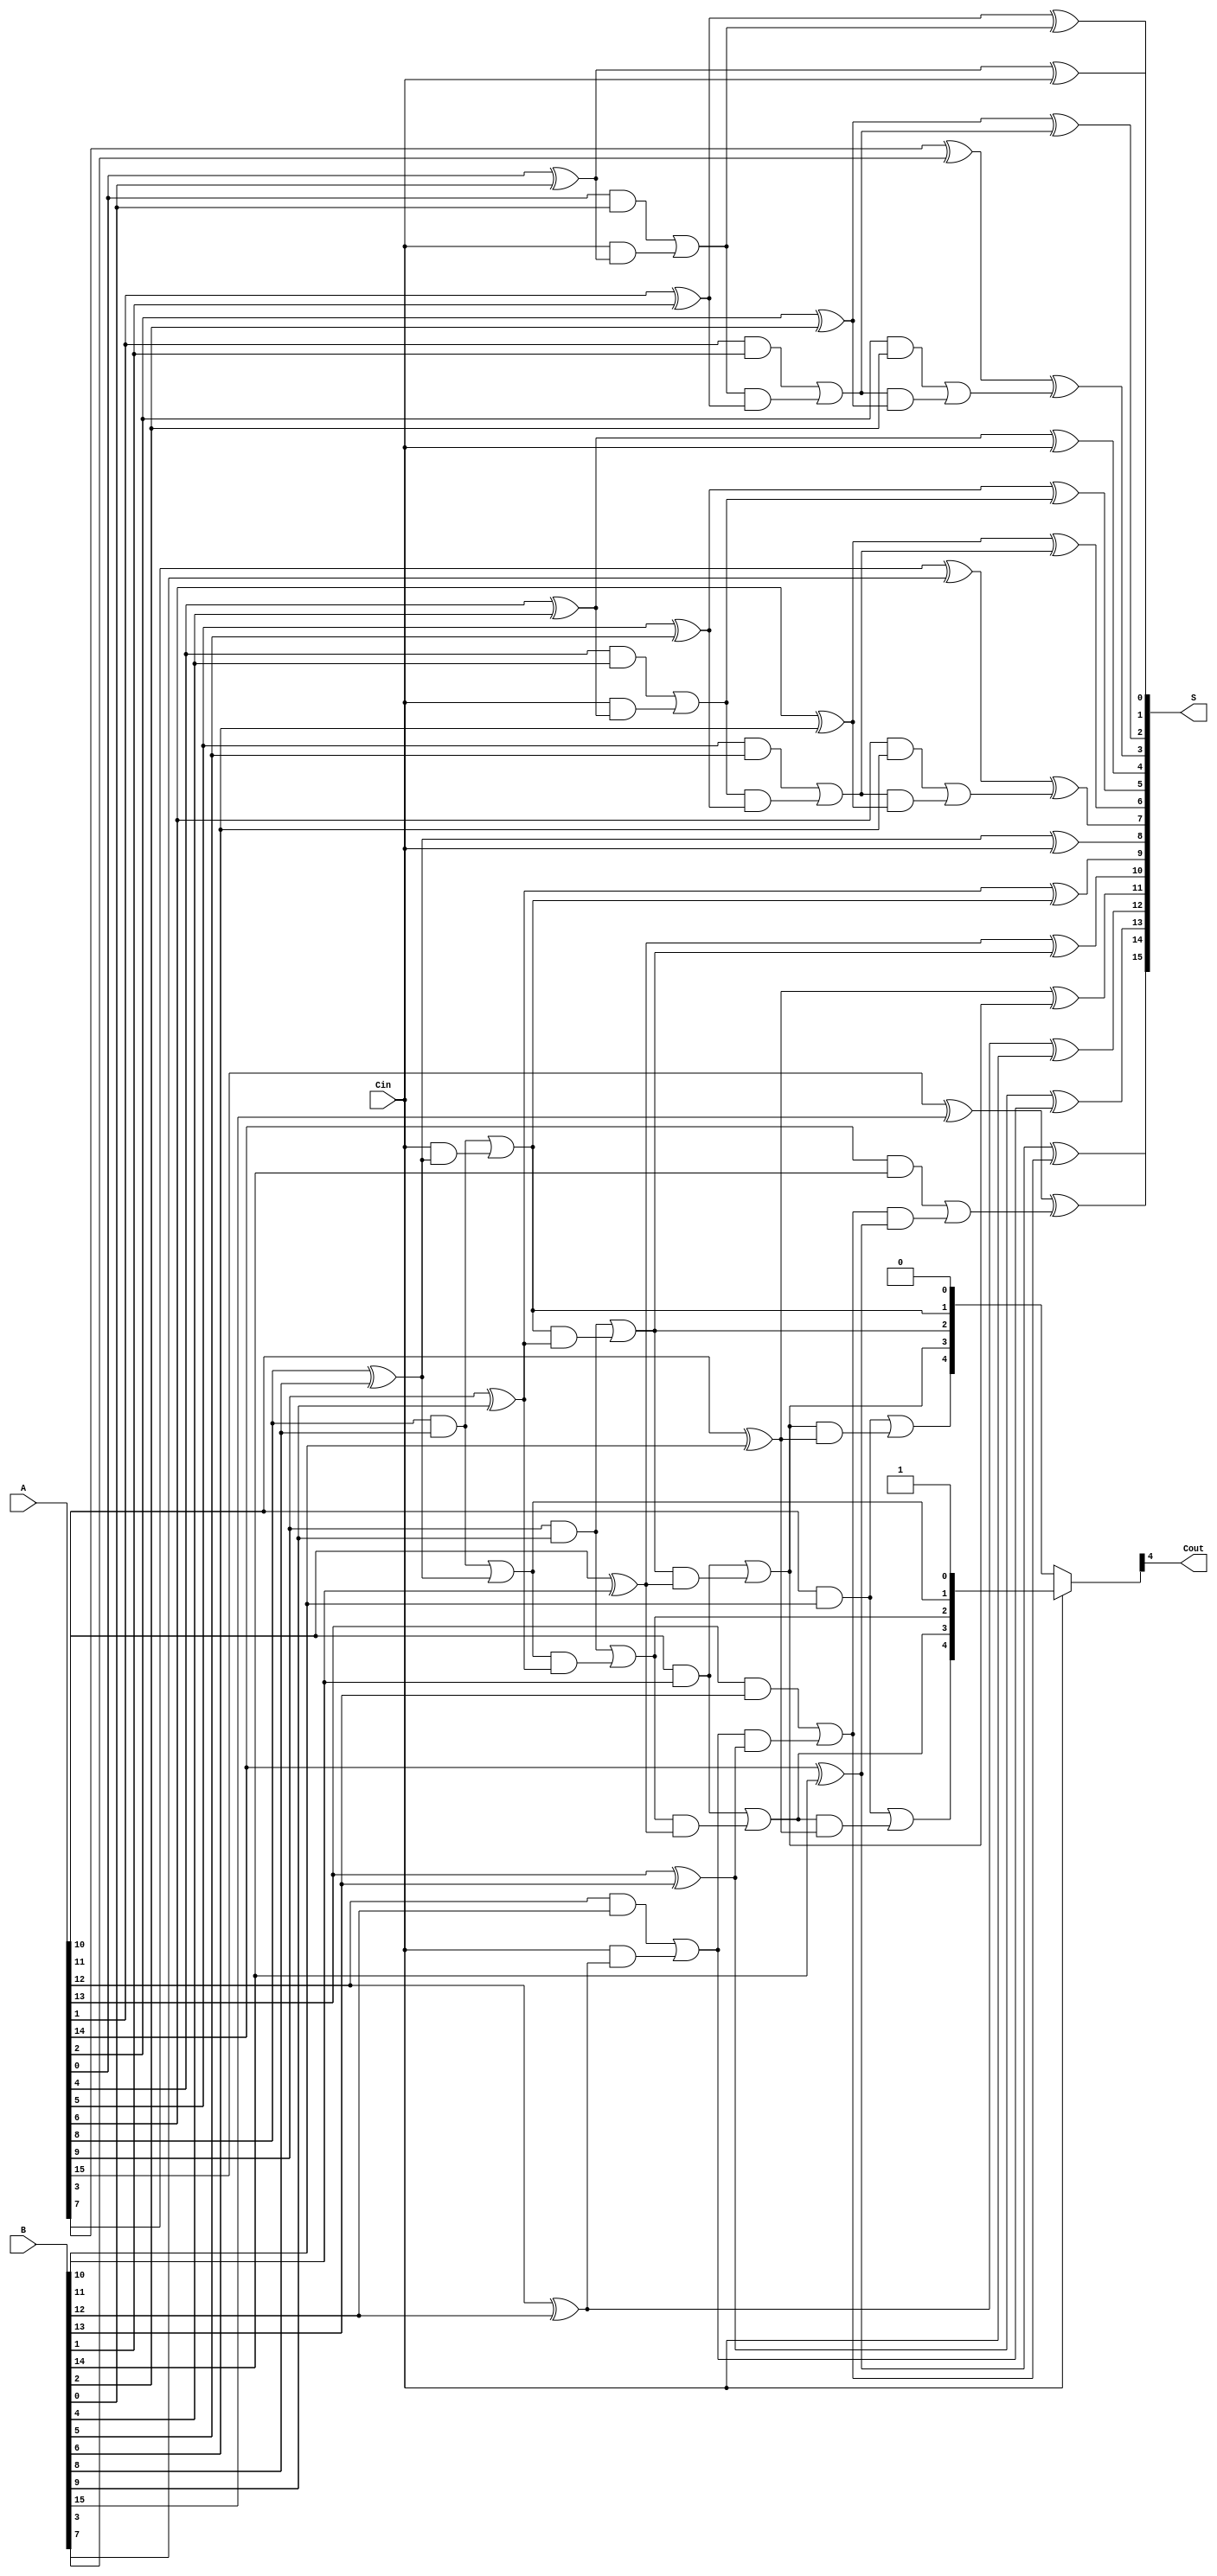
module HybridCarrySelectAdder #(parameter N = 16, parameter M = 4) (
    input  wire [N-1:0] A,
    input  wire [N-1:0] B,
    input  wire Cin,
    output wire [N-1:0] S,
    output wire Cout
);
    localparam NUM_BLOCKS = N / M;

    wire [M:0] carry_out;  // Carry out from each block, M+1 for additional carry-in
    wire [M-1:0] sum [NUM_BLOCKS-1:0];
    wire [M:0] carry_gen_0 [NUM_BLOCKS-1:0];
    wire [M:0] carry_gen_1 [NUM_BLOCKS-1:0];
    wire [M:0] selected_carry [NUM_BLOCKS-1:0];

    genvar i, j;
    generate
        for (i = 0; i < NUM_BLOCKS; i = i + 1) begin : block
            // Compute carry generation for both cases (when carry_in is 0 and when it is 1)
            assign carry_gen_0[i][0] = Cin; // Initial carry-in for the first block
            assign carry_gen_1[i][0] = 1'b1; // Initial carry-in for the second case
            
            for (j = 0; j < M; j = j + 1) begin : bit
                wire carry_in0 = carry_gen_0[i][j]; // Carry from previous block (0)
                wire carry_in1 = carry_gen_1[i][j]; // Carry from previous block (1)
                
                assign sum[i][j] = A[i*M + j] ^ B[i*M + j] ^ carry_in0; // Sum with carry_in0
                assign carry_gen_0[i][j+1] = (A[i*M + j] & B[i*M + j]) | (carry_in0 & (A[i*M + j] ^ B[i*M + j]));
                assign carry_gen_1[i][j+1] = (A[i*M + j] & B[i*M + j]) | (carry_in1 & (A[i*M + j] ^ B[i*M + j]));
            end

            // Select the carry based on original Cin
            if (i > 0) begin
                assign selected_carry[i] = (Cin) ? carry_gen_1[i-1] : carry_gen_0[i-1];
                if (i == NUM_BLOCKS - 1) begin
                    assign Cout = selected_carry[i][M];
                end
            end else begin
                assign selected_carry[i] = (Cin) ? carry_gen_1[i] : carry_gen_0[i];
            end
        end
    endgenerate

    // Assign the final sum bits from the last block
    generate
        for (i = 0; i < NUM_BLOCKS; i = i + 1) begin : final_sum
            for (j = 0; j < M; j = j + 1) begin : sum_bit
                assign S[i * M + j] = sum[i][j];
            end
        end
    endgenerate

endmodule